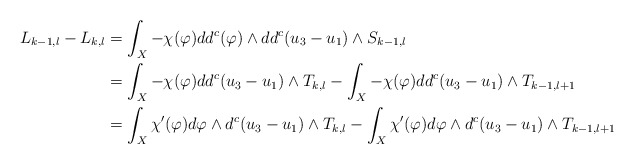
\begin{align*}L_{k-1, l}-L_{k, l}&=\int_X -\chi(\varphi)dd^c(\varphi)\wedge dd^c(u_3-u_1) \wedge S_{k-1,l}\\&=\int_X -\chi(\varphi) dd^c(u_3-u_1) \wedge T_{k,l}-\int_X -\chi(\varphi) dd^c(u_3-u_1) \wedge T_{k-1,l+1}\\&=\int_X\chi'(\varphi) d\varphi\wedge d^c(u_3-u_1) \wedge T_{k,l}-\int_X\chi'(\varphi) d\varphi\wedge d^c(u_3-u_1) \wedge T_{k-1,l+1}\\\end{align*}